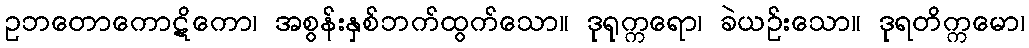
ဥဘတောကောဋိကော၊ အစွန်းနှစ်ဘက်ထွက်သော။ ဒုရုက္ကရော၊ ခဲယဉ်းသော။ ဒုရတိက္ကမော၊